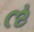
ઌ